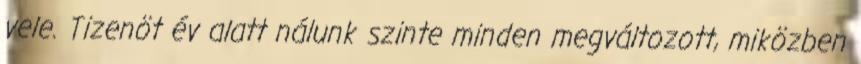
vele. Tizenöt év alatt nálunk szinte minden megváltozott, miközben